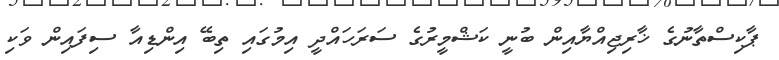
ޕާކިސްތާނުގެ ޚާރިޖިއްޔާއިން ބުނީ ކަޝްމީރުގެ ސަރަހައްދީ އިމުގައި ތިބޭ އިންޑިއާ ސިފައިން ވަކި